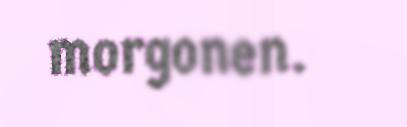
morgonen.